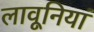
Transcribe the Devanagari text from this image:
लावूनियां